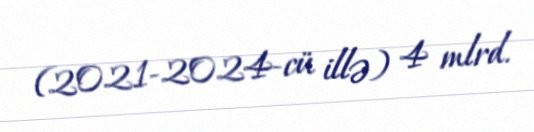
(2021-2024-cü illə) 4 mlrd.